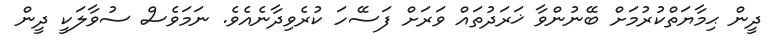
ދީން ޙިމާޔަތްކުރުމަށް ބޭނުންވާ ޚަރަދުތައް ވަރަށް ފަސޭހަ ކުރެވިދާނެއެވެ. ނަމަވެސް ސުވާލަކީ ދީން